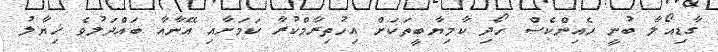
ގާޑިއޯލާ ބުނީ ހެއިންކެސް ހޯދި ކާމިޔާބީތަކަށް އިހުތިރާމްކުރާ ކަމަށާއި އޭނާއާ ބައްދަލުވެ ޚިޔާލު